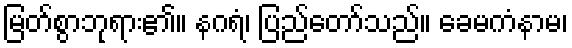
မြတ်စွာဘုရား၏။ နဂရံ၊ ပြည်တော်သည်။ ခေမကံနာမ၊